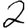
Digit: 2